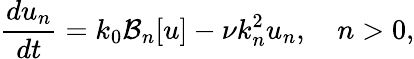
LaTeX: \frac{du_{n}}{dt}=k_{0}\mathcal{B}_{n}[u]-\nu k_{n}^{2}u_{n},\quad n>0,